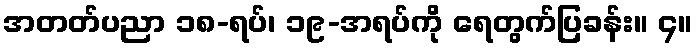
အတတ်ပညာ ၁၈-ရပ်၊ ၁၉-အရပ်ကို ရေတွက်ပြခန်း။ ၄။